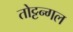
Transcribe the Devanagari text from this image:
तोट्टन्गल